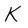
Character: K